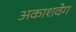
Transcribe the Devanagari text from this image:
अकाशवेग